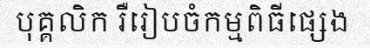
បុគ្គលិក រឺរៀបចំកម្មពិធីផ្សេង